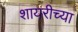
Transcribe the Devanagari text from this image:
शायरीच्या